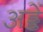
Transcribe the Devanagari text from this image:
अड्डें